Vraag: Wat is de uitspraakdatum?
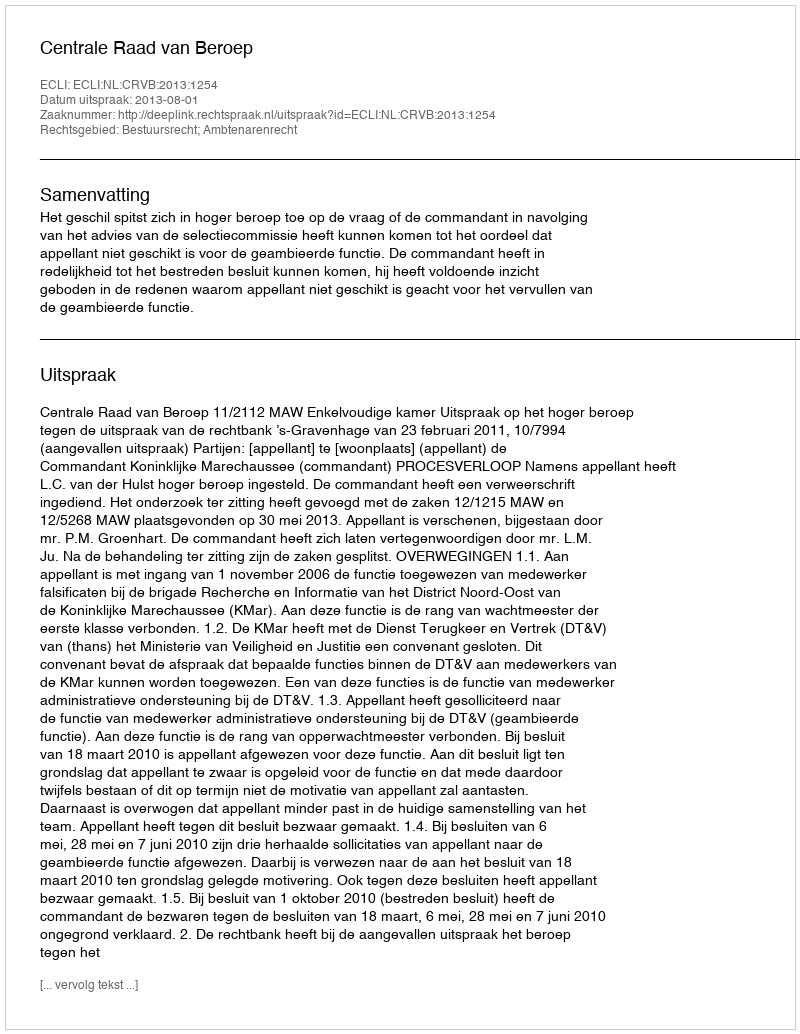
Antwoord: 2013-08-01